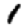
Digit: 1